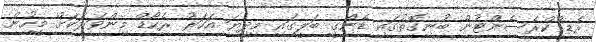
ރެޑ ްކްރެސެންޓުން ބުނިގޮތުގައި ޑެންގީ ބަލީގައި މިދިޔަ އަހަރު ރެކޯޑް މިންވަރަކަށް މީހުން